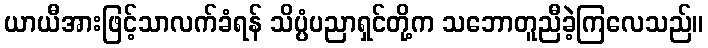
ယာယီအားဖြင့်သာလက်ခံရန် သိပ္ပံပညာရှင်တို့က သဘောတူညီခဲ့ကြလေသည်။